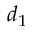
d _ { 1 }